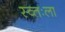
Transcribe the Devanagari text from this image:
स्व्तःला